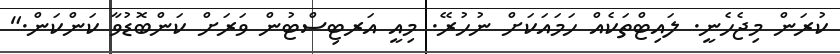
ކުރަން މިޖެހެނީ. ލައިޓްތަކެއް ހަމައަކަށް ނުހުރޭ. މިއީ އަރޓިސްޓުން ވަރަށް ކަންބޮޑުވާ ކަންކަން."